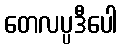
တေလပ္ပဒီပေါ